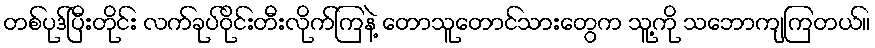
တစ်ပုဒ်ပြီးတိုင်း လက်ခုပ်ဝိုင်းတီးလိုက်ကြနဲ့ တောသူတောင်သားတွေက သူ့ကို သဘောကျကြတယ်။